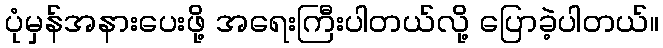
ပုံမှန်အနားပေးဖို့ အရေးကြီးပါတယ်လို့ ပြောခဲ့ပါတယ်။